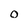
Character: o